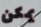
يمكن